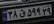
۳۸ق۵۹۹۲۹